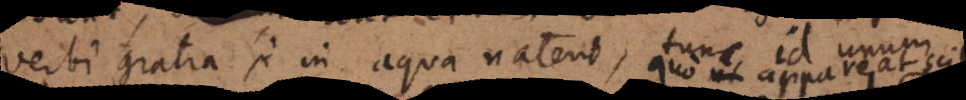
verbi gratia si in aqua natant, tunc id unum